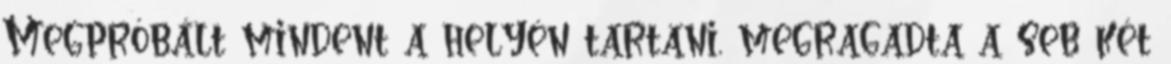
Megpróbált mindent a helyén tartani, megragadta a seb két